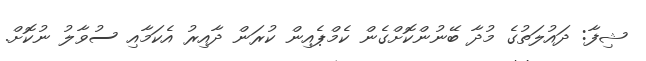
ޝިފާ: ދައުލަތުގެ މުދާ ބޭނުންކޮށްގެން ކެމްޕެއިން ކުރަން ދާއިރު އެކަމާއި ސުވާލު ނުކޮށް.